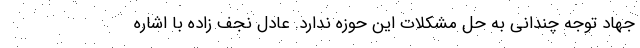
جهاد توجه چندانی به حل مشکلات این حوزه ندارد. عادل نجف زاده با اشاره